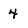
Character: 4